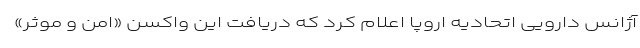
آژانس دارویی اتحادیه اروپا اعلام کرد که دریافت این واکسن «امن و موثر»